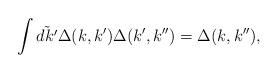
LaTeX: \begin{align*}\int\tilde{dk^{\prime}}\Delta(k, k^{\prime}) \Delta(k^{\prime},k^{\prime\prime}) = \Delta(k, k^{\prime\prime}), \end{align*}